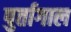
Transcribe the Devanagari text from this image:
पुर्तागाल